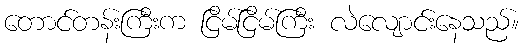
တောင်တန်းကြီးက ငြိမ်ငြိမ်ကြီး လဲလျောင်းနေသည်။